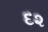
દ૨